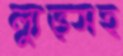
ল্যুভ্সহ